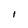
Character: I